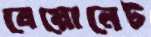
বেয়োনেট